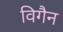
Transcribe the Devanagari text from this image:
विगैन